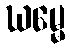
ဃမ္မေ